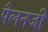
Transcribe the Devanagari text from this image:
पैलनजी